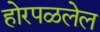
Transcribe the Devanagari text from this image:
होरपळलेल